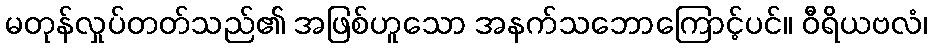
မတုန်လှုပ်တတ်သည်၏ အဖြစ်ဟူသော အနက်သဘောကြောင့်ပင်။ ဝီရိယဗလံ၊